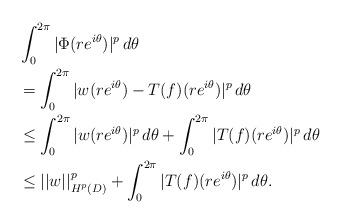
LaTeX: \begin{align*}&\int_0^{2\pi} |\Phi(re^{i\theta})|^p \,d\theta \\&= \int_0^{2\pi} |w(re^{i\theta}) - T(f)(re^{i\theta})|^p \,d\theta \\&\leq \int_0^{2\pi} |w(re^{i\theta})|^p \,d\theta + \int_0^{2\pi} | T(f)(re^{i\theta})|^p \,d\theta\\&\leq ||w||^p_{H^p(D)} + \int_0^{2\pi} | T(f)(re^{i\theta})|^p \,d\theta.\end{align*}